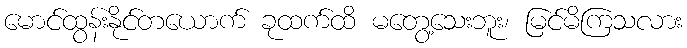
မောင်ထွန်းနိုင်တယောက် ခုထက်ထိ မတွေ့သေးဘူး၊ မြင်မိကြသလား